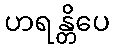
ဟရန္တိပေ